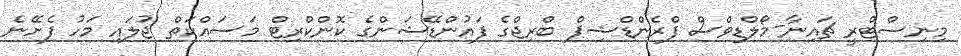
މިނިސްޓްރީ ޗައިނާ-މޯލްޑިވްސް ފްރެންޑްޝިޕް ބްރިޖްގެ ފައުންޑޭޝަންގެ ކޮންކްރިޓް މަސައްކަތް ޖުލައި މަހު ފެށޭނެ